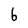
Character: 6